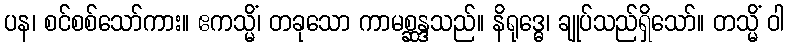
ပန၊ စင်စစ်သော်ကား။ ဧကသ္မိံ၊ တခုသော ကာမစ္ဆန္ဒသည်။ နိရုဒ္ဓေ၊ ချုပ်သည်ရှိသော်။ တသ္မိံ ဝါ